Sketch of the medical history of the native army of Bombay, for the year
Year: 1872
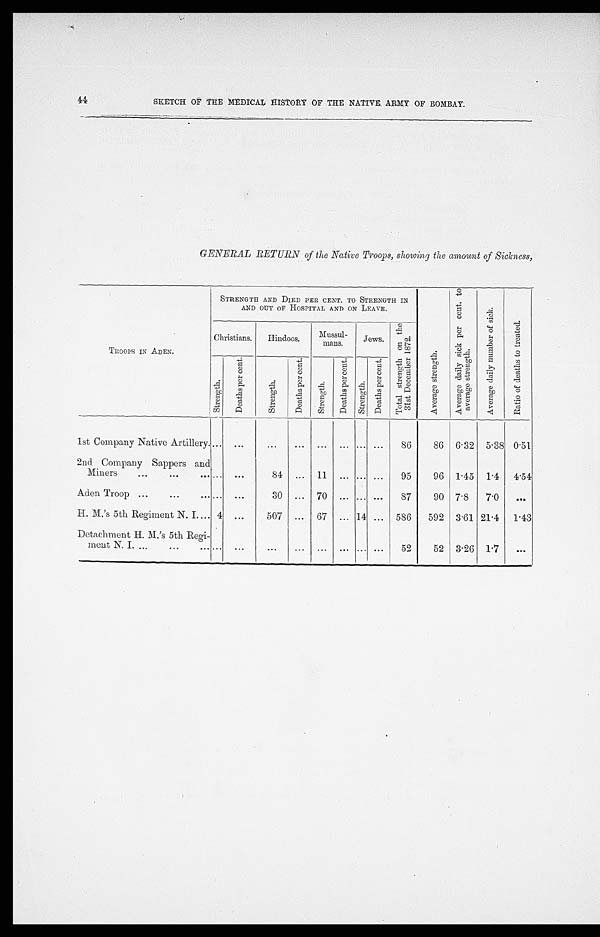
44
SKETCH OF THE MEDICAL HISTORY OF THE NATIVE ARMY OF BOMBAY.
GENERAL RETURN of the Native Troops, showing the amount of Sickness,
TROOPS IN ADEN.
STRENGTH AND DIED PER CENT. TO STRENGTH IN
AND OUT OF HOSPITAL AND ON LEAVE.
A v e r a g e s t r e n g t h .
A v e r a g e d a i l y s i c k p e r c e n t . t o a v e r a g e s t r e n g t h .
A v e r a g e d a i l y n u m b e r o f s i c k .
R a t i o o f d e a t h s t o t r e a t e d .
Christians.
H i n d o o s .
Mussul-
mans.
Jews.
T o t a l s t r e n g t h o n t h e 3 1 s t D e c e m b e r 1 8 7 2 .
S t r e n g t h .
D e a t h s p e r c e n t .
S t r e n g t h .
D e a t h s p e r c e n t .
S t r e n g t h .
D e a t h s p e r c e n t .
S t r e n g t h .
D e a t h s p e r c e n t .
1st Company Native Artillery
. . .
...
...
... ... ... ... ...
86
86 6.32 5.38 0.51
2nd Company Sappers and
Miners
. . .
. . .
84 ... 11 ... ... ...
95
96 1.45 1.4
4.54
Aden Troop
. . .
. . .
30 ... 70 ... ... ...
87
90 7.8
7.0
. . .
H. M.'s 5th Regiment N. I.
4
. . .
507 ... 67 ... 14 ... 586
592 3.61 21.4
1.43
Detachment H. M.'s 5th Regi-
ment N. I.
. . .
. . .
. . .
. . .
. . .
. . .
. . . . . .
52
52 3.26 1.7
. . .